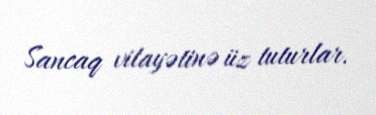
Sancaq vilayətinə üz tuturlar.